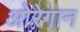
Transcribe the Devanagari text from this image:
ओरेगान